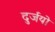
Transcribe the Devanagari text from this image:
दुर्जयो